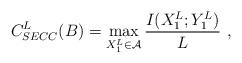
LaTeX: \begin{align*}C_{SECC}^{L}(B) = \max_{X_1^L \in \mathcal{A}} \frac{I(X_1^L ; Y_1^L)}{L} \ , \end{align*}